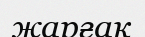
жарғак